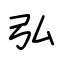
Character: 弘